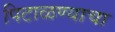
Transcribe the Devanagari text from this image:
पिटाळण्याचा